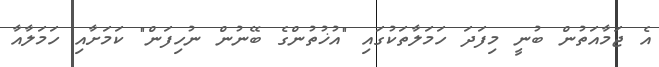
އެ ޖަމާއަތުން ބުނީ މިފަދަ ހަމަލާތަކުގައި "އުޚުތުންގެ ބޭނުން ނުހިފަން" ކަމަށާއި ހަމަލާއާ